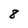
Character: 8